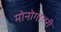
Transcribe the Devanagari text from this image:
मोनोगातरी